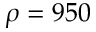
\rho = 9 5 0